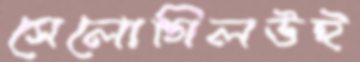
সেলোগিলউই